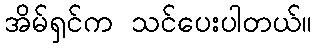
အိမ်ရှင်က သင်ပေးပါတယ်။